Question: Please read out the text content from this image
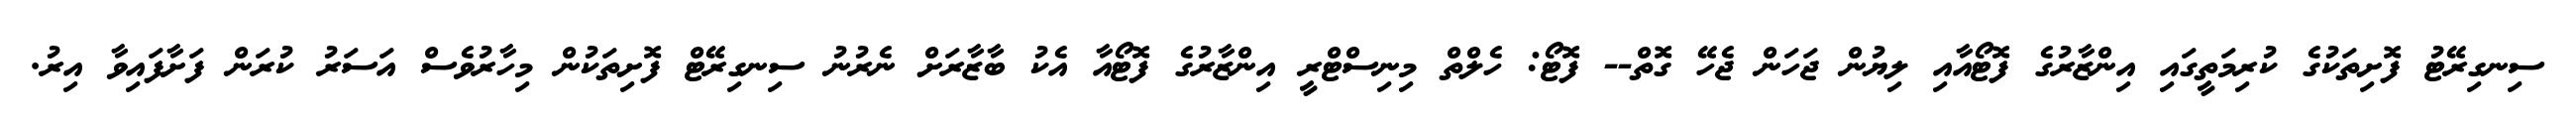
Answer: ސިނގިރޭޓު ފޮށިތަކުގެ ކުރިމަތީގައި އިންޒާރުގެ ފޮޓޯއާއި ލިޔުން ޖަހަން ޖެހޭ ގޮތް-- ފޮޓޯ: ހެލްތް މިނިސްޓްރީ އިންޒާރުގެ ފޮޓޯއާ އެކު ބާޒާރަށް ނެރުނު ސިނގިރޭޓް ފޮށިތަކުން މިހާރުވެސް އަސަރު ކުރަން ފަށާފައިވާ އިރު.